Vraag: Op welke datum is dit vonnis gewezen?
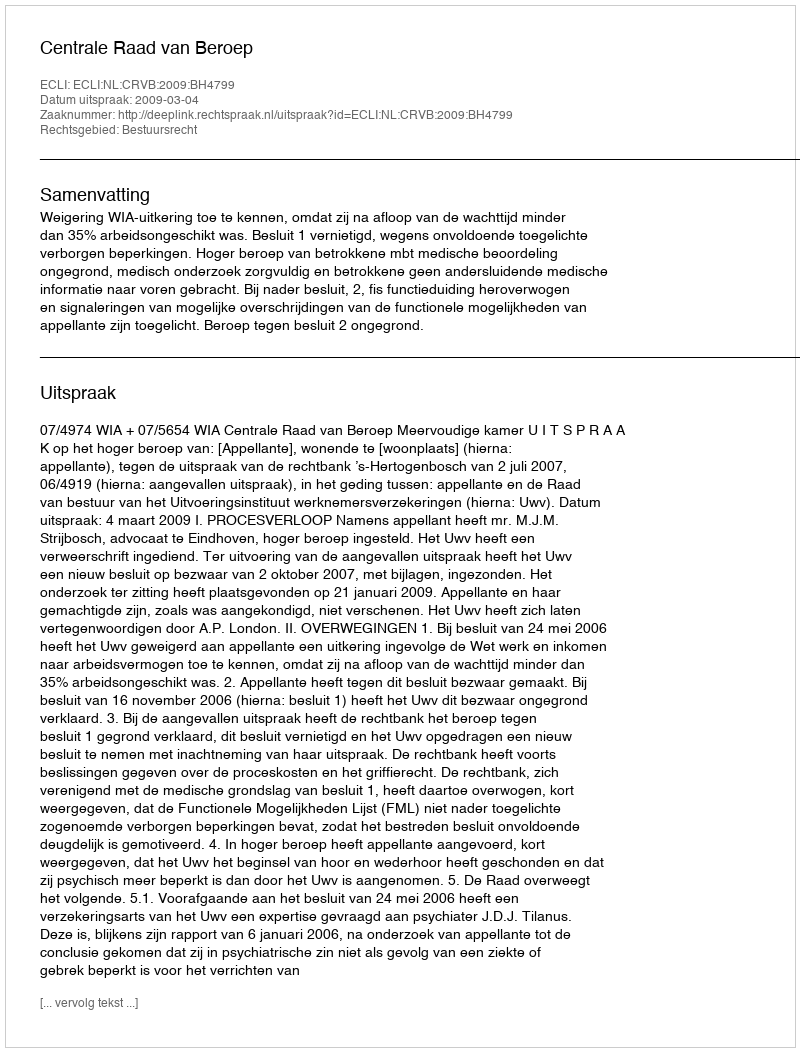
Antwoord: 2009-03-04